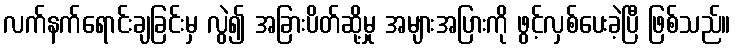
လက်နက်ရောင်းချခြင်းမှ လွဲ၍ အခြားပိတ်ဆို့မှု အများအပြားကို ဖွင့်လှစ်ပေးခဲ့ပြီ ဖြစ်သည်။